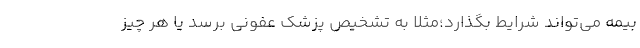
بیمه می‌تواند شرایط بگذارد؛مثلاً به تشخیص پزشک عفونی برسد یا هر چیز